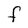
Character: F